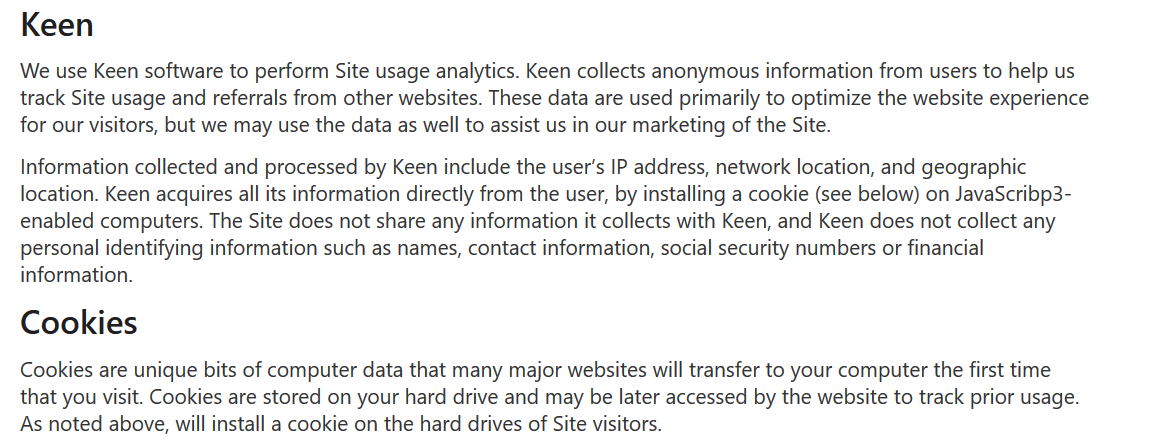
Keen
  We use  Keen software to perform Site usage analytics. Keen collects anonymous information from users to help us
  track Site usage and referrals from other websites. These data are used primarily to optimize the website experience
  for our visitors, but we may use the data as well to assist us in our marketing of the Site.
   Information collected and processed by Keen include the user's IP address, network location, and geographic
   location. Keen acquires all its information directly from the user, by installing a cookie (see below) on JavaScribp3-
   enabled computers. The Site does not share any information it collects with Keen, and Keen does not collect any
   personal identifying information such as names, contact information, social security numbers or financial
   information.
   Cookies
   Cookies are unique bits of computer data that many major websites will transfer to your computer the first time
  that you visit. Cookies are stored on your hard drive and may be later accessed by the website to track prior usage.
  As noted above, will install a cookie on the hard drives of Site visitors.